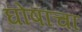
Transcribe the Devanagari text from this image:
घोषांचा